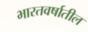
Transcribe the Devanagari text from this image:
भारतवर्षातील